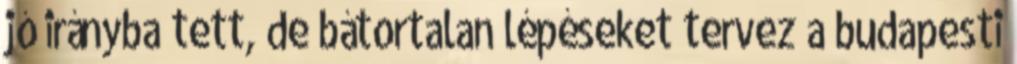
jó irányba tett, de bátortalan lépéseket tervez a budapesti